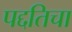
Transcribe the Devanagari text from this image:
पद्दतिचा